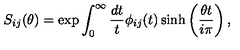
S _ { i j } ( \theta ) = \exp \int _ { 0 } ^ { \infty } \frac { d t } { t } \phi _ { i j } ( t ) \sinh \left( \frac { \theta t } { i \pi } \right) ,